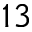
^ { 1 3 }